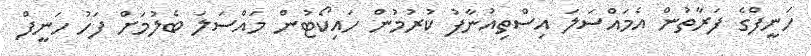
ހަނީފްގެ ފަރާތުން އެމައްސަލަ އިސްތިއުނާފު ކުރުމުން ހައިކޯޓުން މައްސަލަ ބެލުމަށް ފަހު ހަނީފް